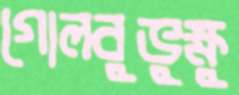
গোলবুভুক্ষু